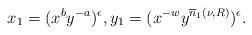
LaTeX: \begin{align*}x_1=(x^by^{-a})^{\epsilon}, y_1=(x^{-w}y^{\overline n_1(\nu,R)})^{\epsilon}.\end{align*}